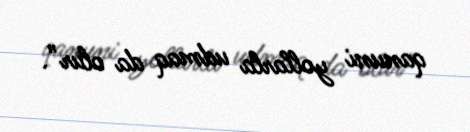
qanuni yollarla udmaq da olur”.